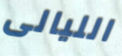
الليالى